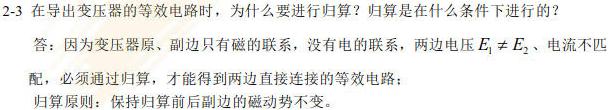
2-3 在导出变压器的等效电路时，为什么要进行归算？归算是在什么条件下进行的？
答：因为变压器原、副边只有磁的联系，没有电的联系，两边电压$E_{1}\neq E_{2}$、电流不匹配，必须通过归算，才能得到两边直接连接的等效电路；
归算原则：保持归算前后副边的磁动势不变。